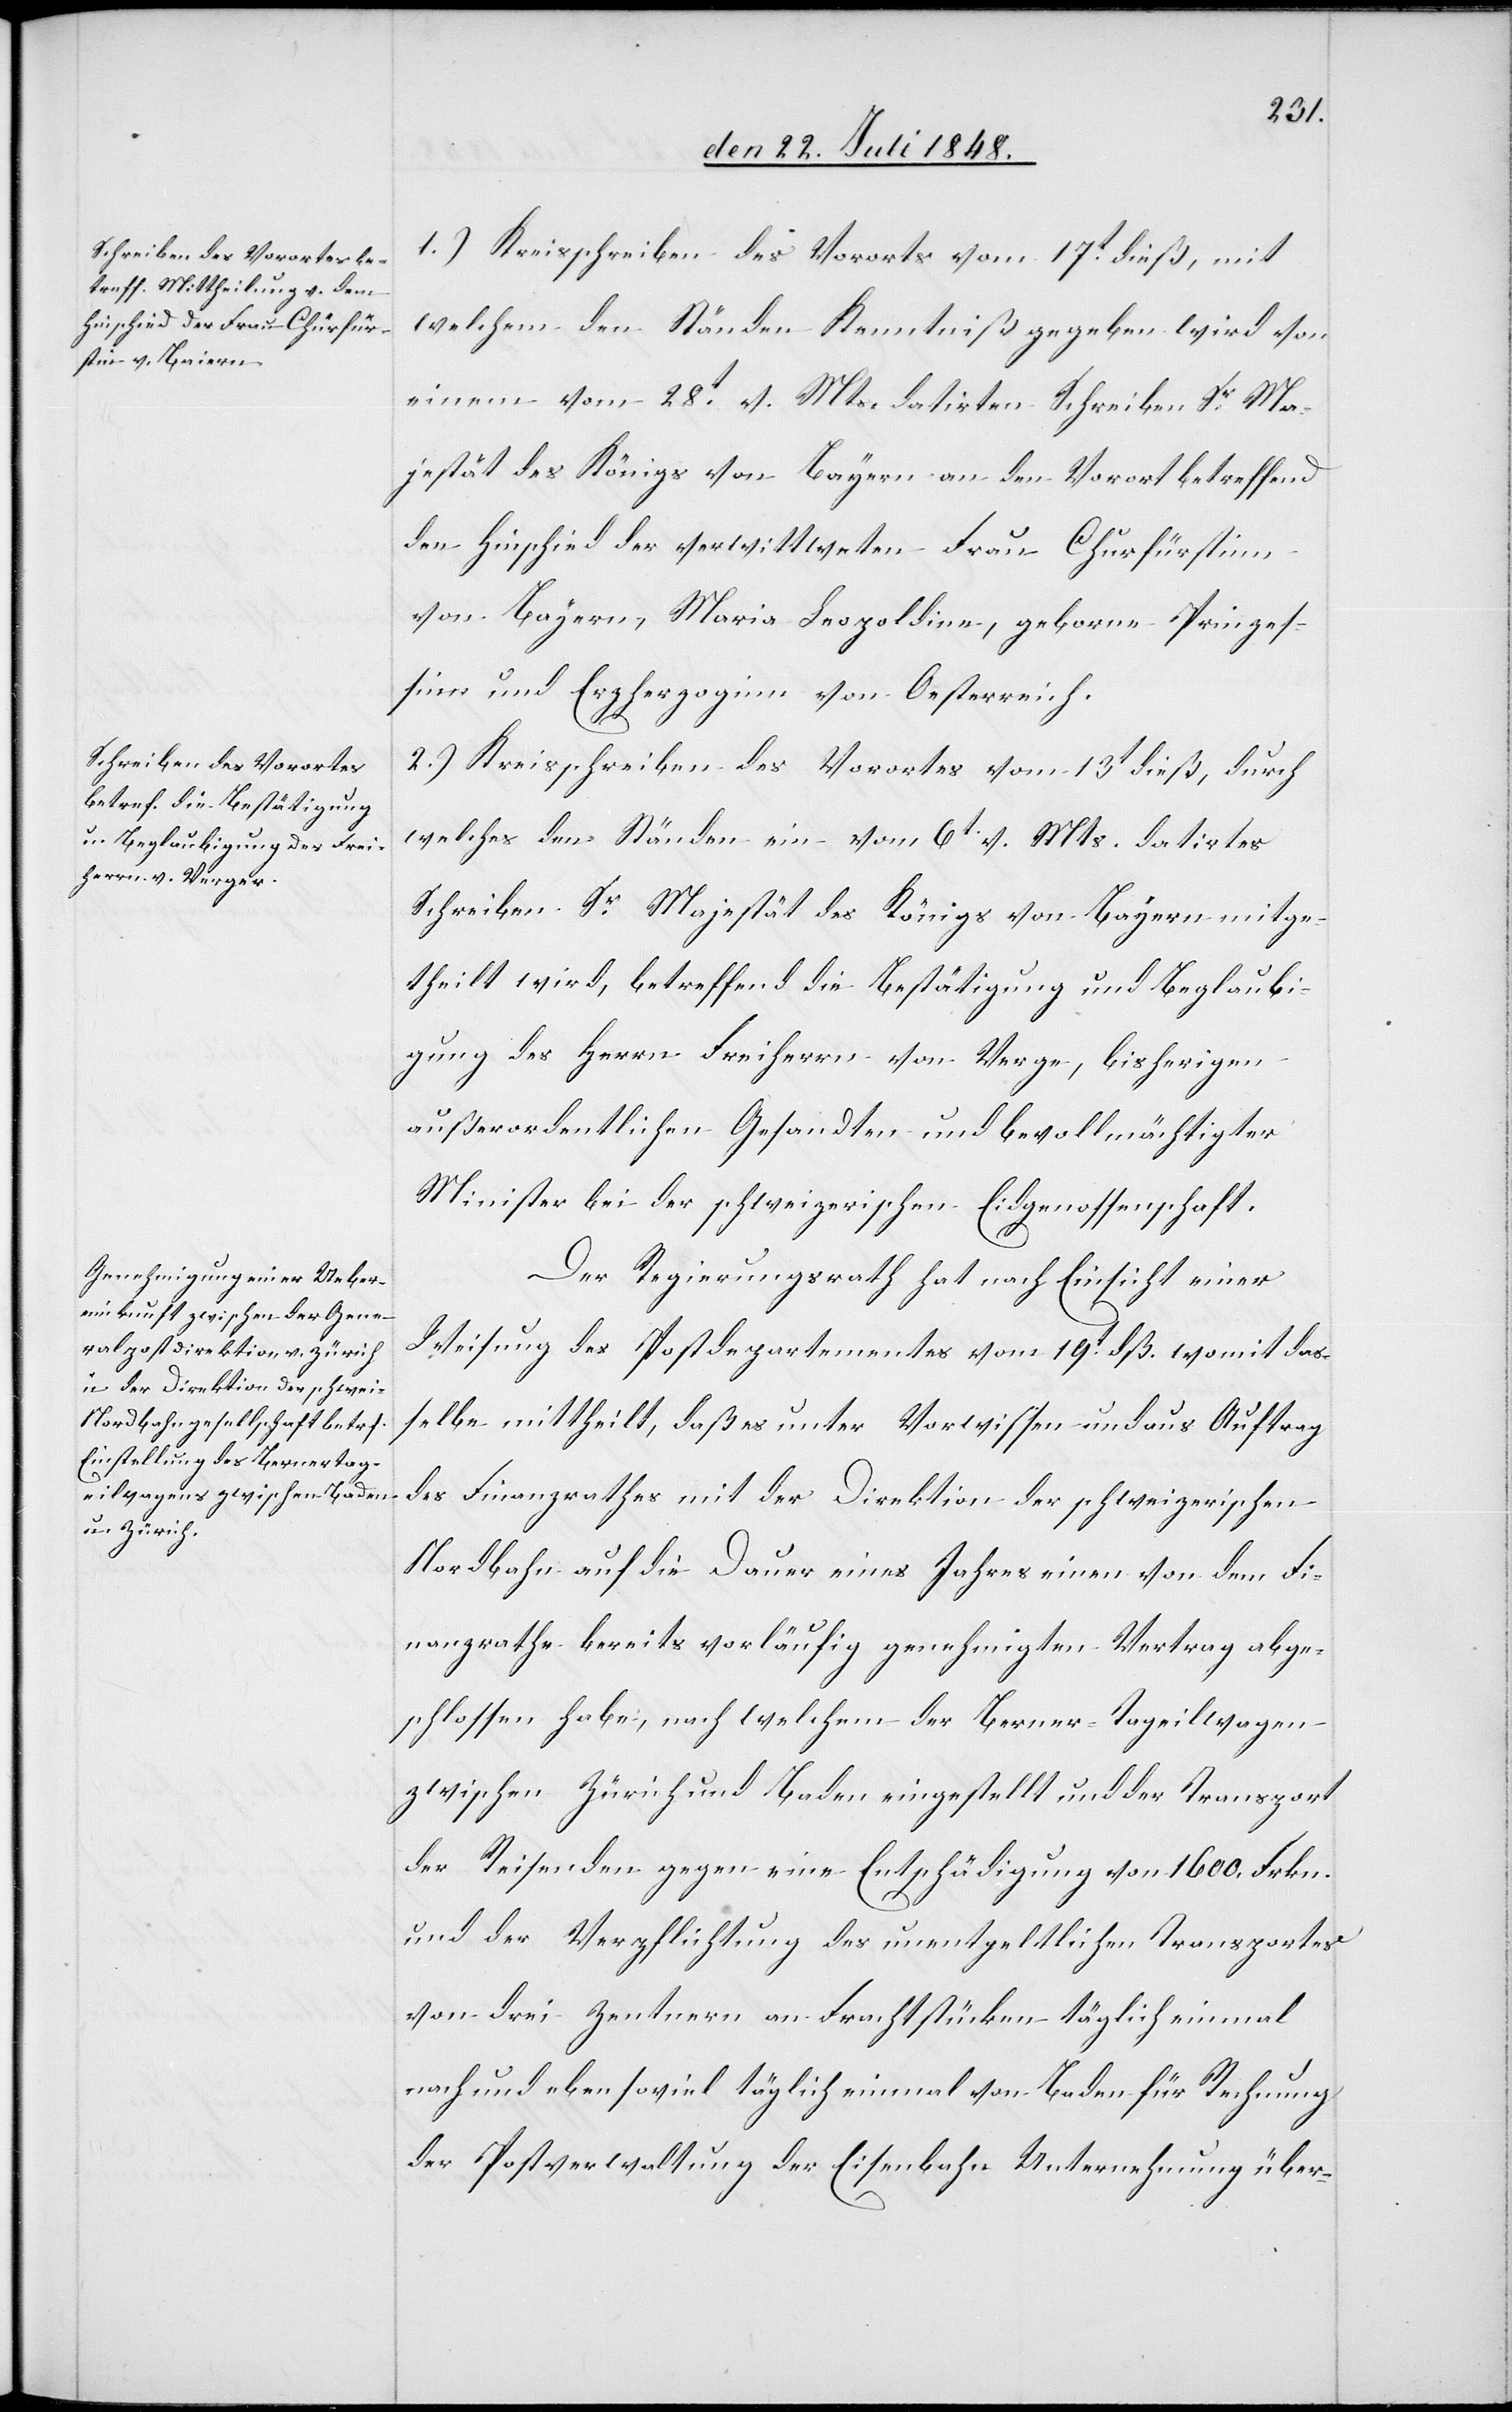
1.) Kreisschreiben des Vororts vom 17t dieß, mit
welchem den Ständen Kenntniß gegeben wird von
einem vom 28t v. Mts. datirten Schreiben Sr Ma¬
jestät des Königs von Bayern an den Vorort betreffend
den Hinschied der verwittweten Frau Churfürstinn
von Bayern, Maria Leopoldina, geborne Prinzes¬
sin und Erzherzogin von Oesterreich.
2.) Kreisschreiben des Vorortes vom 13t dieß, durch
welches den Ständen ein vom 6t v. Mts. datirtes
Schreiben Sr Majestät des Königs von Bayern mitge¬
theilt wird, betreffend die Bestätigung und Beglaubi¬
gung des Herrn Freiherr von Verge[r], bisherigen
außerordentlichen Gesandten und bevollmächtigter
Minister bei der schweizerischen Eidgenossenschaft.
Der Regierungsrath hat nach Einsicht einer
Weisung des Postdepartementes vom 19t dß. womit das¬
selbe mittheilt, daß es unter Vorwissen und aus Auftrag
des Finanzrathes mit der Direktion der schweizerischen
Nordbahn auf die Dauer eines Jahres einen von dem Fi¬
nanzrathe bereits vorläufig genehmigten Vertrag abge¬
schlossen habe, nach welchem der Berner-Tageilwagen
zwischen Zürich und Baden eingestellt und der Transport
der Reisenden gegen eine Entschädigung von 1600. Frkn.
und der Verpflichtung des unentgeltlichen Transportes
von drei Zentnern an Frachtstücken täglich einmal
nach und eben soviel täglich einmal von Baden für Rechnung
der Postverwaltung der Eisenbahn Unternehmung über-